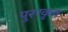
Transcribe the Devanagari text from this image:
पुररकृत